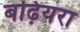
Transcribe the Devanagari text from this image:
बढ़ियरा